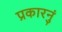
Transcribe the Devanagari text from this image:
प्रकारनुं